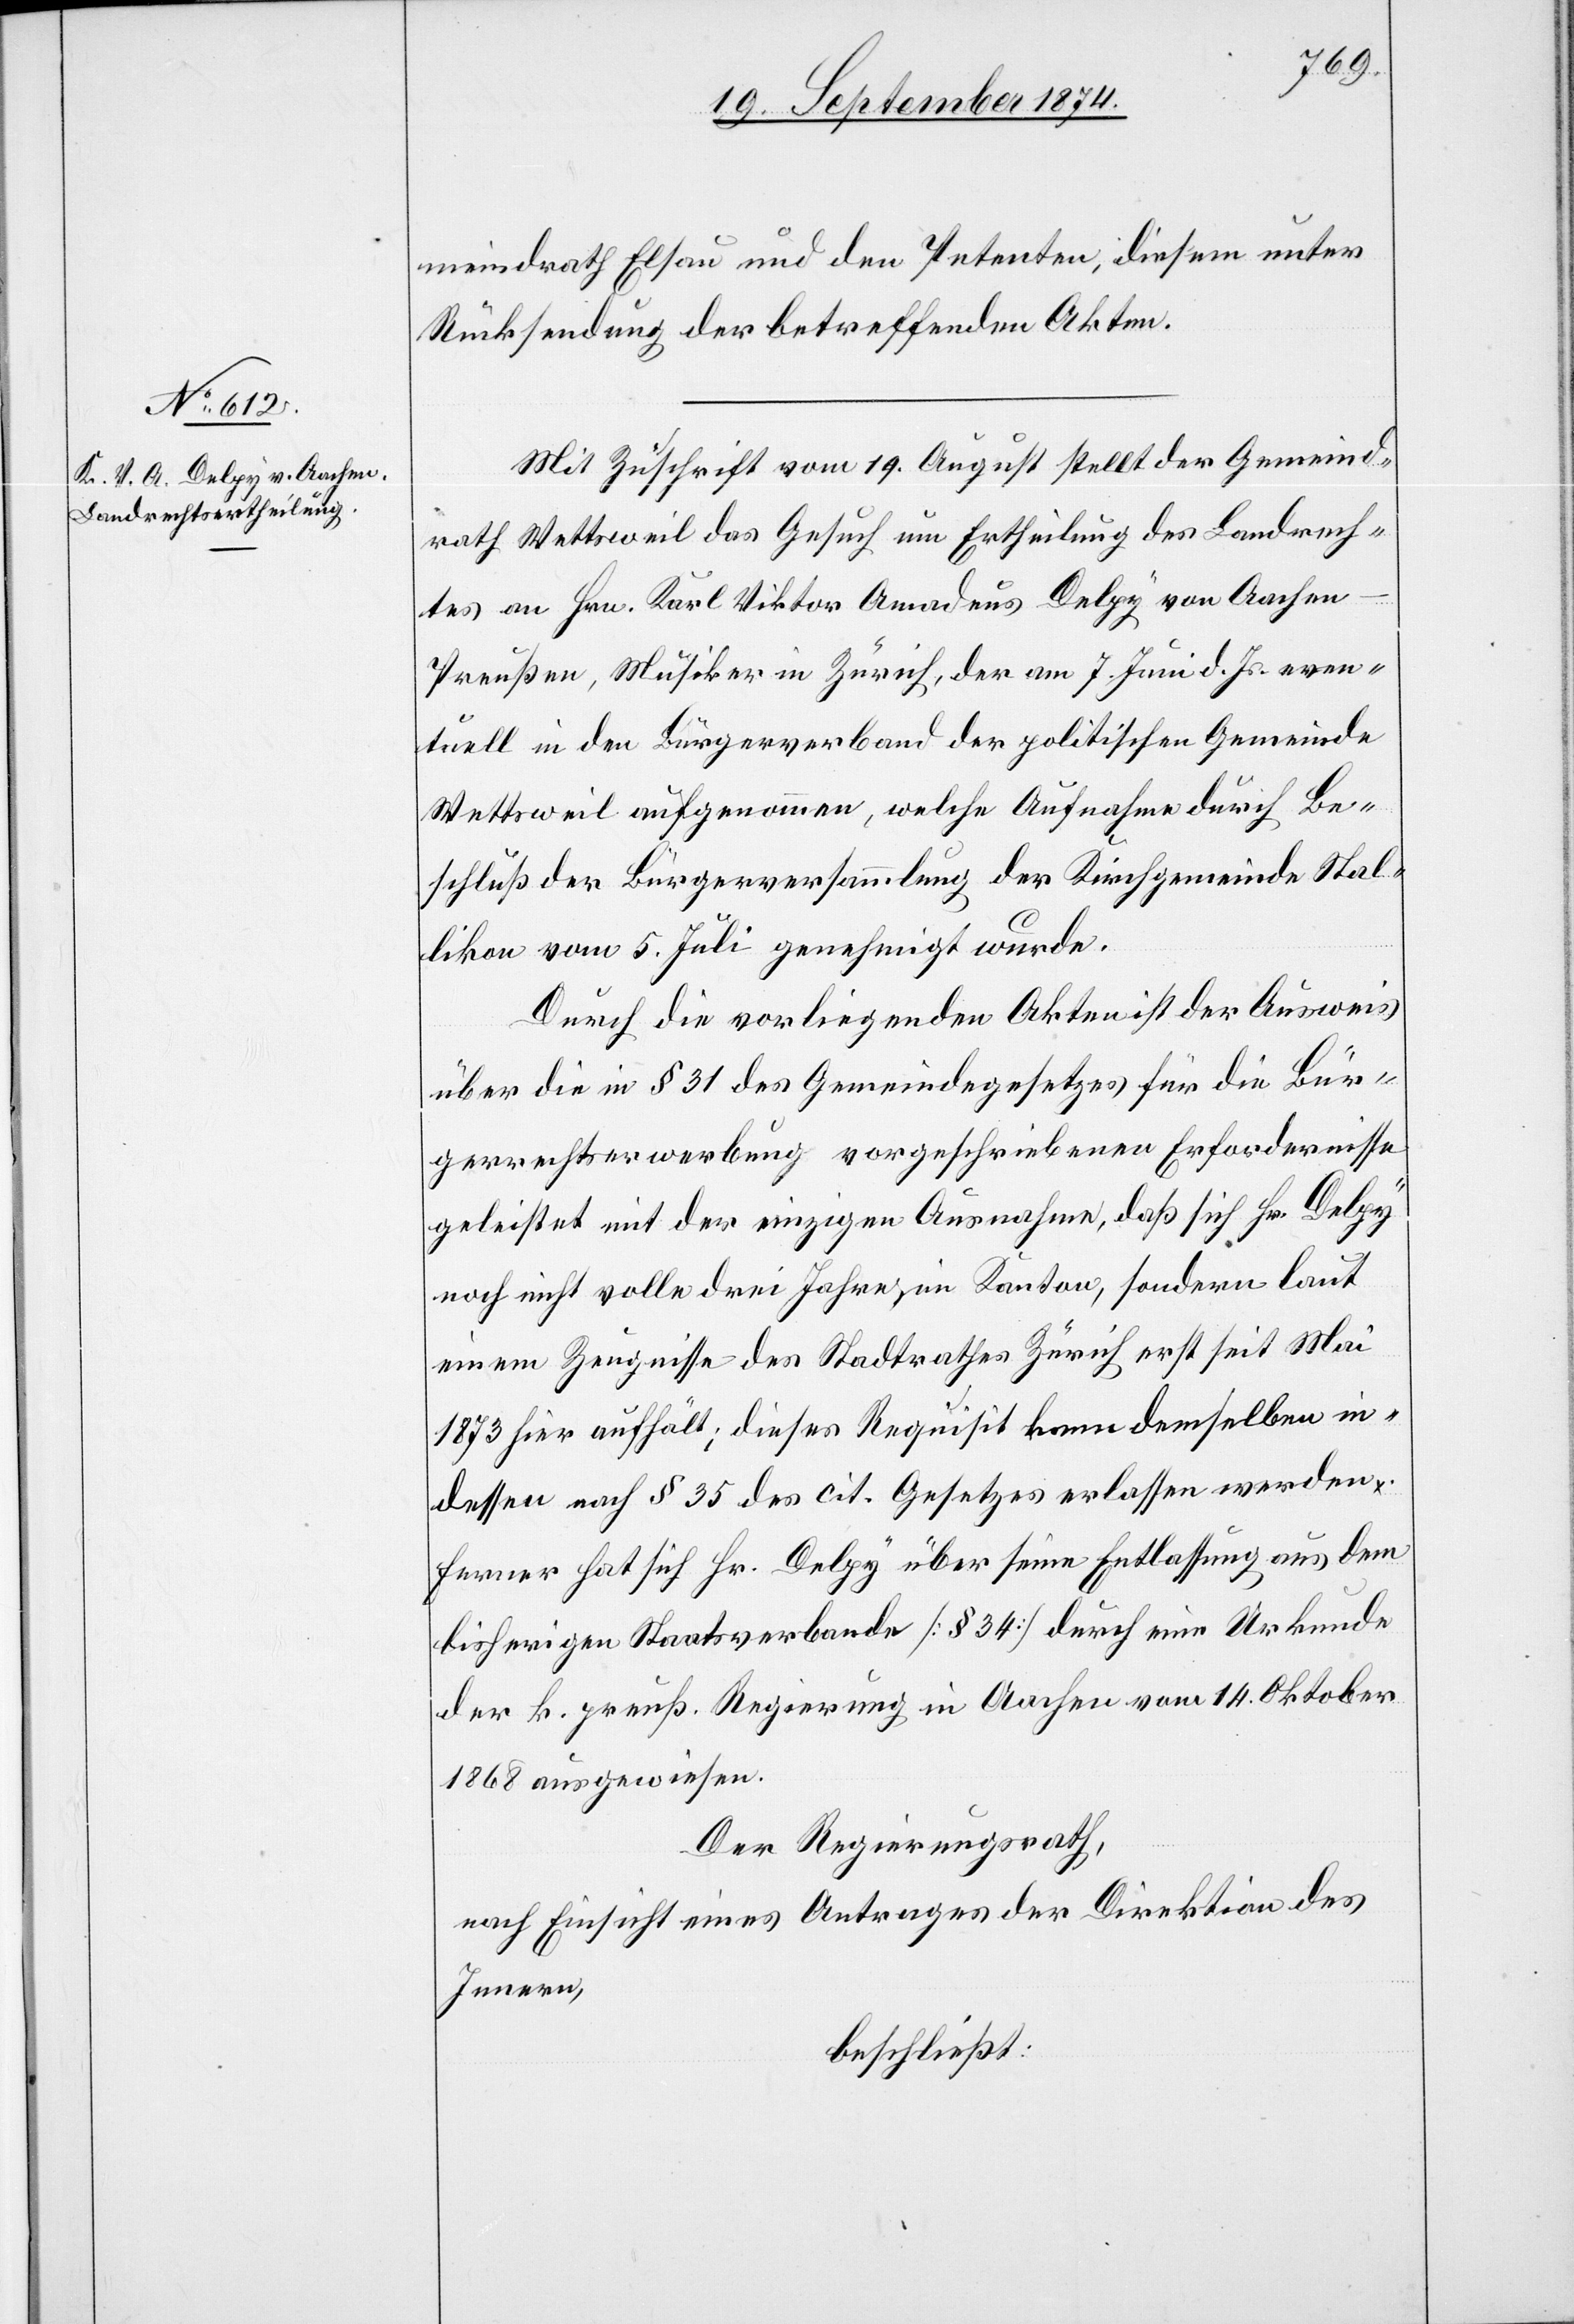
meindrath Elsau und den Petenten, diesem unter
Rücksendung der betreffenden Akten.
Mit Zuschrift vom 19. August stellt der Gemeind¬
rath Wettsweil das Gesuch um Ertheilung des Landrech¬
tes an Hrn. Karl Viktor Amadeus Delpy von Aachen-P¬
reußen, Musiker in Zürich, der am 7. Juni d. Js. even¬
tuell in den Bürgerverband der politischen Gemeinde
Wettsweil aufgenommen, welche Aufnahme durch Be¬
schluß der Bürgerversammlung der Kirchgemeinde Stal¬
likon vom 5. Juli genehmigt wurde.
Durch die vorliegenden Akten ist der Ausweis
über die in § 31 des Gemeindegesetzes für die Bür¬
gerrechtserwerbung vorgeschriebenen Erfordernisse
geleistet mit der einzigen Ausnahme, daß sich Hr. Delpy
noch nicht volle drei Jahre im Kanton, sondern laut
einem Zeugnisse des Stadtrathes Zürich erst seit Mai
1873 hier aufhält; dieses Requisit kann demselben in¬
dessen nach § 35 des cit. Gesetzes erlassen werden.
Ferner hat sich Hr. Delpy über seine Entlassung aus dem
bisherigen Staatsverbande [§ 34] durch eine Urkunde
der k. preuß. Regierung in Aachen vom 14. Oktober
1868 ausgewiesen.
Der Regierungsrath,
nach Einsicht eines Antrages der Direktion des
Innern,
beschließt: